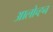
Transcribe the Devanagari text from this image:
आलोच्ह्न